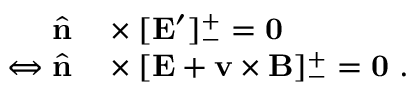
\begin{array} { r l } { \hat { \mathbf { n } } } & { { } \times [ \mathbf { E } ^ { \prime } ] _ { - } ^ { + } = \mathbf { 0 } } \\ { \Leftrightarrow \hat { \mathbf { n } } } & { { } \times [ \mathbf { E } + \mathbf { v } \times \mathbf { B } ] _ { - } ^ { + } = \mathbf { 0 } ~ . } \end{array}